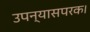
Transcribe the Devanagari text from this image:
उपन्यासपरक।